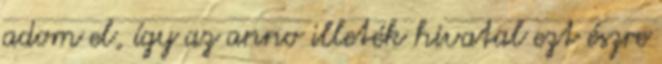
adom el, így az anno illeték hivatal ezt észre